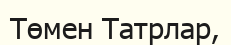
Төмен Татрлар,